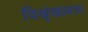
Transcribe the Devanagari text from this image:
विश्रृंखलता